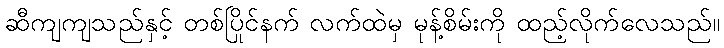
ဆီကျကျသည်နှင့် တစ်ပြိုင်နက် လက်ထဲမှ မုန့်စိမ်းကို ထည့်လိုက်လေသည်။